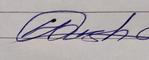
Signature authenticity: genuine